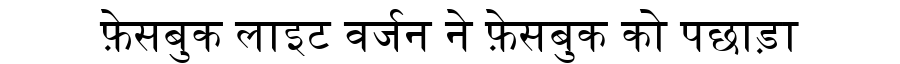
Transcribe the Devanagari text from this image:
फ़ेसबुक लाइट वर्जन ने फ़ेसबुक को पछाड़ा